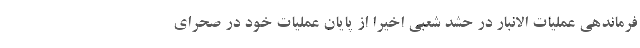
فرماندهی عملیات الانبار در حشد شعبی اخیرا از پایان عملیات خود در صحرای